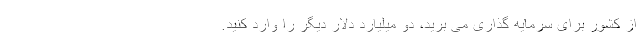
از کشور برای سرمایه گذاری می برید، دو میلیارد دلار دیگر را وارد کنید.